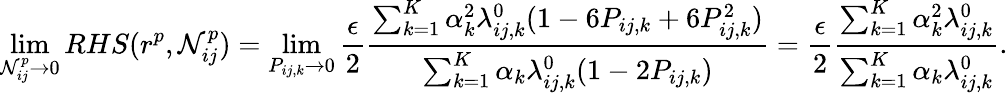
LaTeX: \operatorname*{lim}_{\mathcal{N}_{ij}^{p}\to0}RHS(r^{p},\mathcal{N}_{ij}^{p})=\operatorname*{lim}_{P_{ij,k}\to0}\frac{{\epsilon}}{{2}}\frac{{\sum_{k=1}^{K}\alpha_{k}^{2}\lambda_{ij,k}^{0}(1-6P_{ij,k}+6P_{ij,k}^{2})}}{{\sum_{k=1}^{K}\alpha_{k}\lambda_{ij,k}^{0}(1-2P_{ij,k})}}=\frac{{\epsilon}}{{2}}\frac{{\sum_{k=1}^{K}\alpha_{k}^{2}\lambda_{ij,k}^{0}}}{{\sum_{k=1}^{K}\alpha_{k}\lambda_{ij,k}^{0}}}.